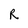
Character: R